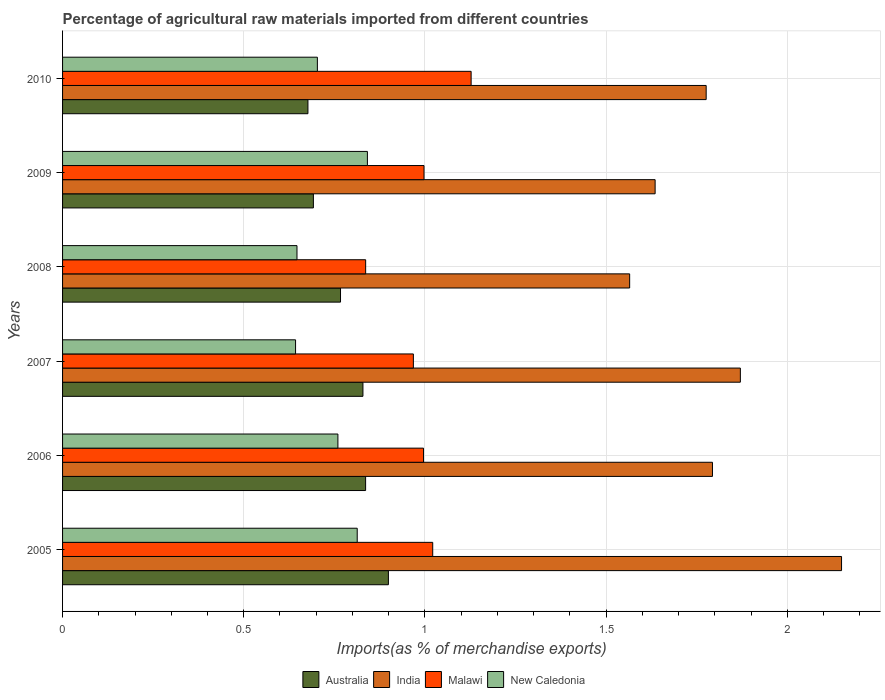
| Years | Australia | India | Malawi | New Caledonia |
 | --- | --- | --- | --- | --- |
 | 2005 | 0.899 | 2.15 | 1.02 | 0.813 |
 | 2006 | 0.836 | 1.79 | 0.996 | 0.76 |
 | 2007 | 0.829 | 1.87 | 0.968 | 0.643 |
 | 2008 | 0.767 | 1.57 | 0.836 | 0.647 |
 | 2009 | 0.692 | 1.64 | 0.998 | 0.841 |
 | 2010 | 0.677 | 1.78 | 1.13 | 0.703 |